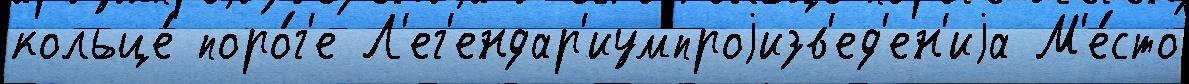
кольце́ поро́г'е Л'ег'ендар'иумпроjизв'ед'ен'иjа М'е́сто